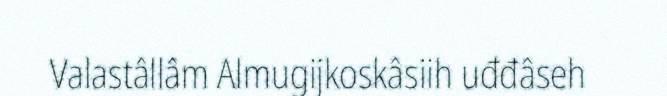
Valastâllâm Almugijkoskâsiih uđđâseh